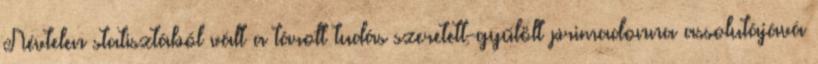
Névtelen statisztából vált a tárolt tudás szeretett-gyűlölt primadonna assolutájává